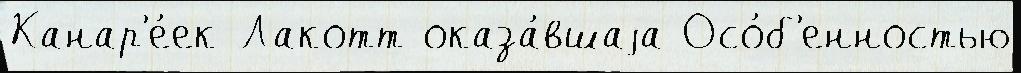
Канар'е́ек Лакотт оказа́вшаjа Осо́б'енностью